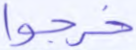
خرجوا